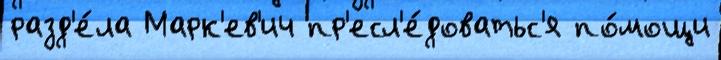
разд'е́ла Марк'ев'ич пр'есл'е́доватьс'я по́мощи